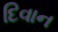
દિવાન